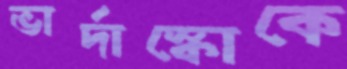
ভার্দাস্কোকে